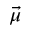
\vec { \mu }